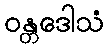
ဝန္တဒေါသံ